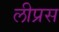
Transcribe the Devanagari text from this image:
लीप्रस